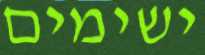
ישימים